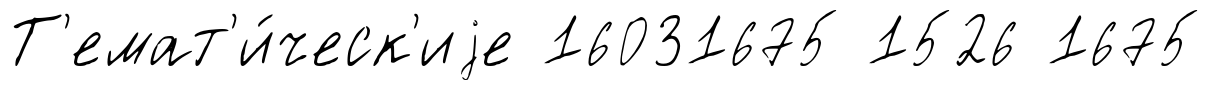
Т'емат'и́ческ'иjе 16031675 1526 1675